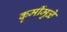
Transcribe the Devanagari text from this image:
कृमींमुळे